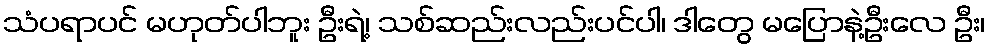
သံပရာပင် မဟုတ်ပါဘူး ဦးရဲ့၊ သစ်ဆည်းလည်းပင်ပါ၊ ဒါတွေ မပြောနဲ့ဦးလေ ဦး၊